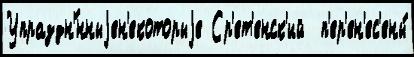
Упраздн'́нныjен'екоторыjе Ср'ет'енск'ий  п'ер'ен'ес'ены́